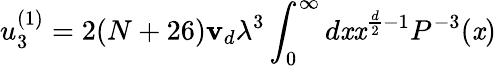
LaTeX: u_{3}^{(1)}=2(N+26)\mathbf{v}_{d}\lambda^{3}\int_{0}^{\infty}{d\mathit{x}}\mathit{x}^{\frac{{d}}{{2}}-1}P^{-3}(\mathit{x})